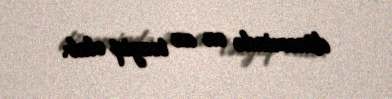
dönəmində ən az təzyiq olub.